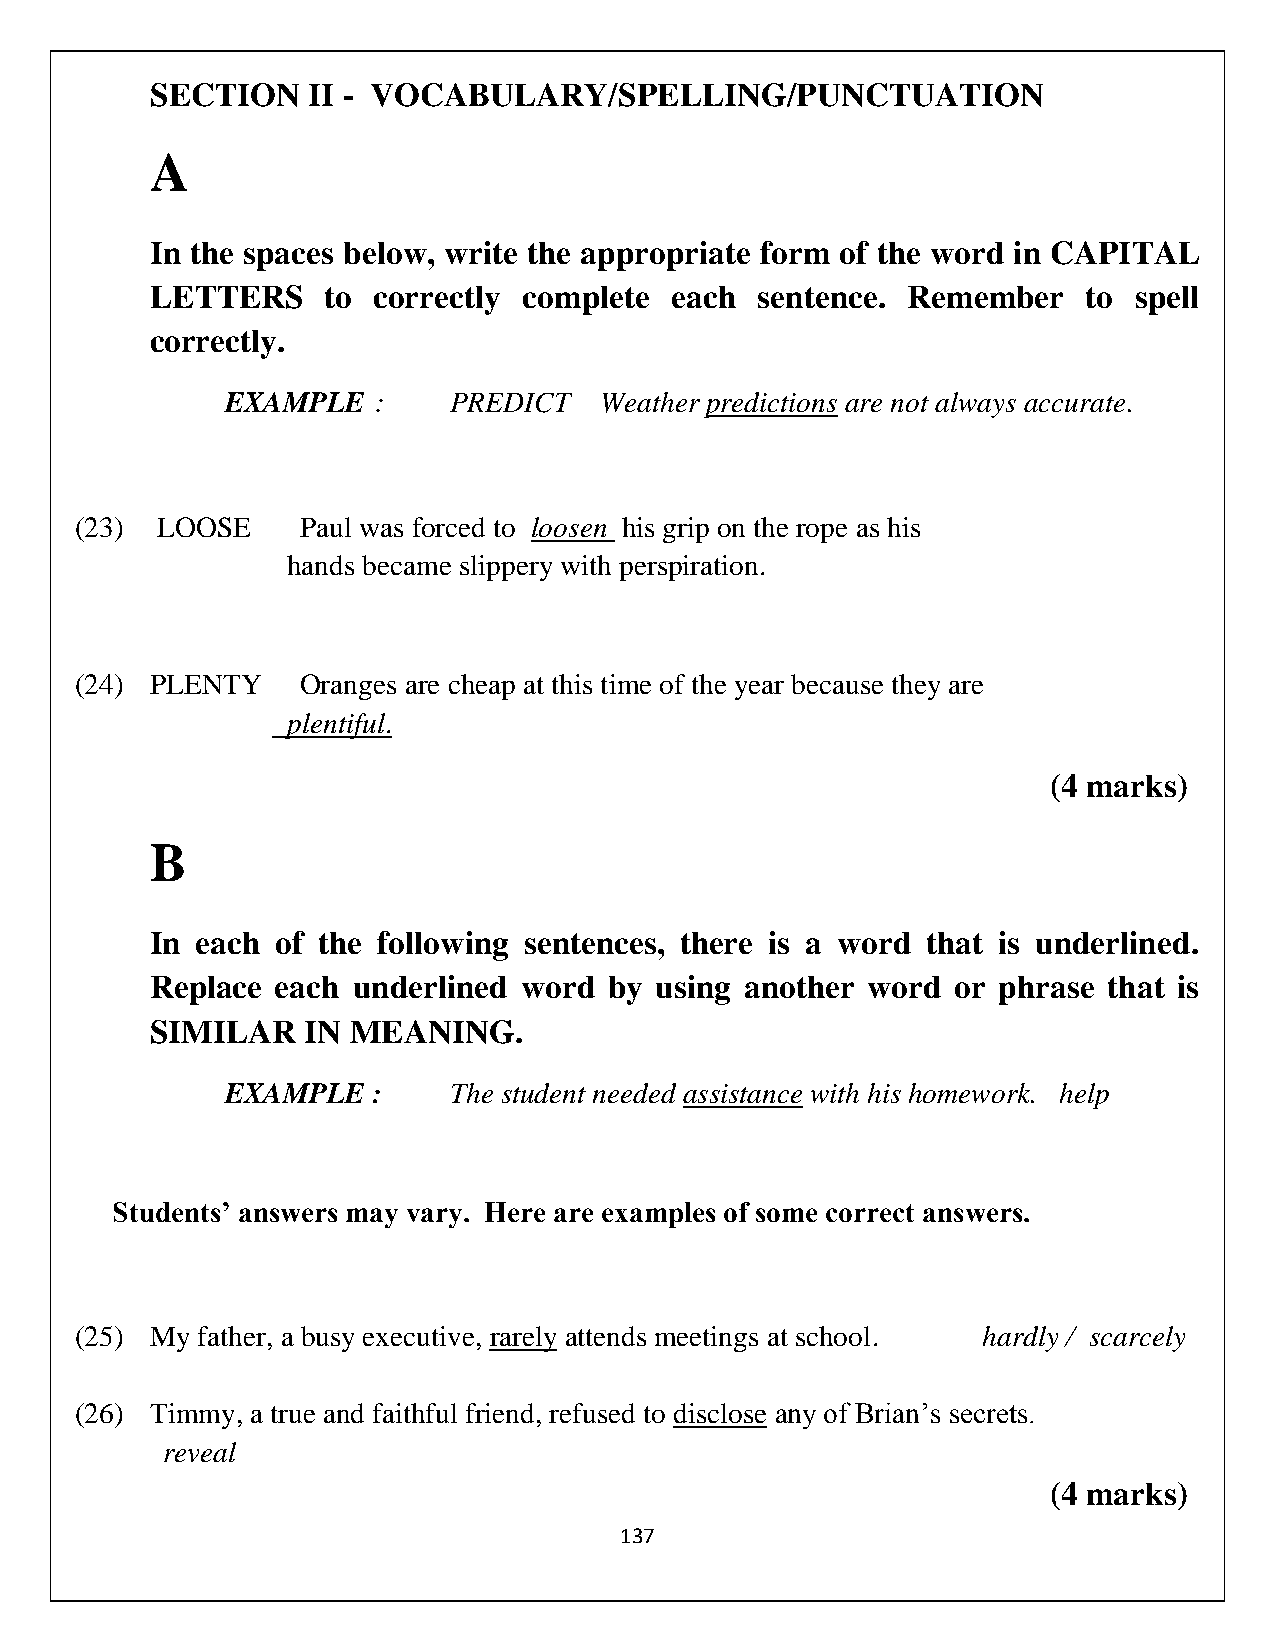
SECTION   II - VOCABULARY/SPELLING/PUNCTUATION
 A
 In the spaces below, write the appropriate form of the word in CAPITAL
 LETTERS     to correctly complete each  sentence. Remember    to spell
 correctly.
 EXAMPLE   :    PREDICT   Weather predictions are not always accurate.
 (23) LOOSE     Paul was forced to loosen his grip on the rope as his
 hands became slippery with perspiration.
 (24) PLENTY    Oranges are cheap at this time of the year because they are
 plentiful.
 (4 marks)
 B
 In each of the following sentences, there is a word that is underlined.
 Replace each underlined word  by using another word  or phrase that is
 SIMILAR   IN MEANING.
 EXAMPLE   :    The student needed assistance with his homework. help
 Students’ answers may vary. Here are examples of some correct answers.
 (25) My father, a busy executive, rarely attends meetings at school. hardly / scarcely
 (26) Timmy, a true and faithful friend, refused to disclose any of Brian’s secrets.
 reveal
 (4 marks)
 137